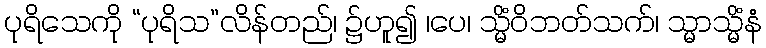
ပုရိသေကို “ပုရိသ”လိန်တည်၊ ၌ဟူ၍ ၊ပေ၊ သ္မိံဝိဘတ်သက်၊ သ္မာသ္မိံနံ